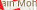
ain Mon